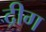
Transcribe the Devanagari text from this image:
द्रीग